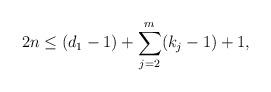
LaTeX: \begin{align*}{2n \leq (d_1-1)+\sum_{j=2}^m (k_j-1)+1},\end{align*}